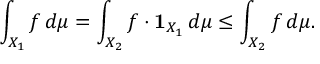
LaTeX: \int _ { X _ { 1 } } f \, d \mu = \int _ { X _ { 2 } } f \cdot { \mathbf { 1 } } _ { X _ { 1 } } \, d \mu \leq \int _ { X _ { 2 } } f \, d \mu .